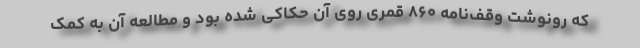
که رونوشت وقف‌نامه ۸۶۰ قمری روی آن حکاکی شده بود و مطالعه آن به کمک